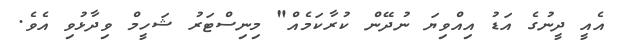
އެއީ ދީނުގެ އަޑު އިއްވިޔަ ނުދޭން ކުރާކަމެއް" މިނިސްޓަރު ޝަހީމް ވިދާޅުވި އެވެ.